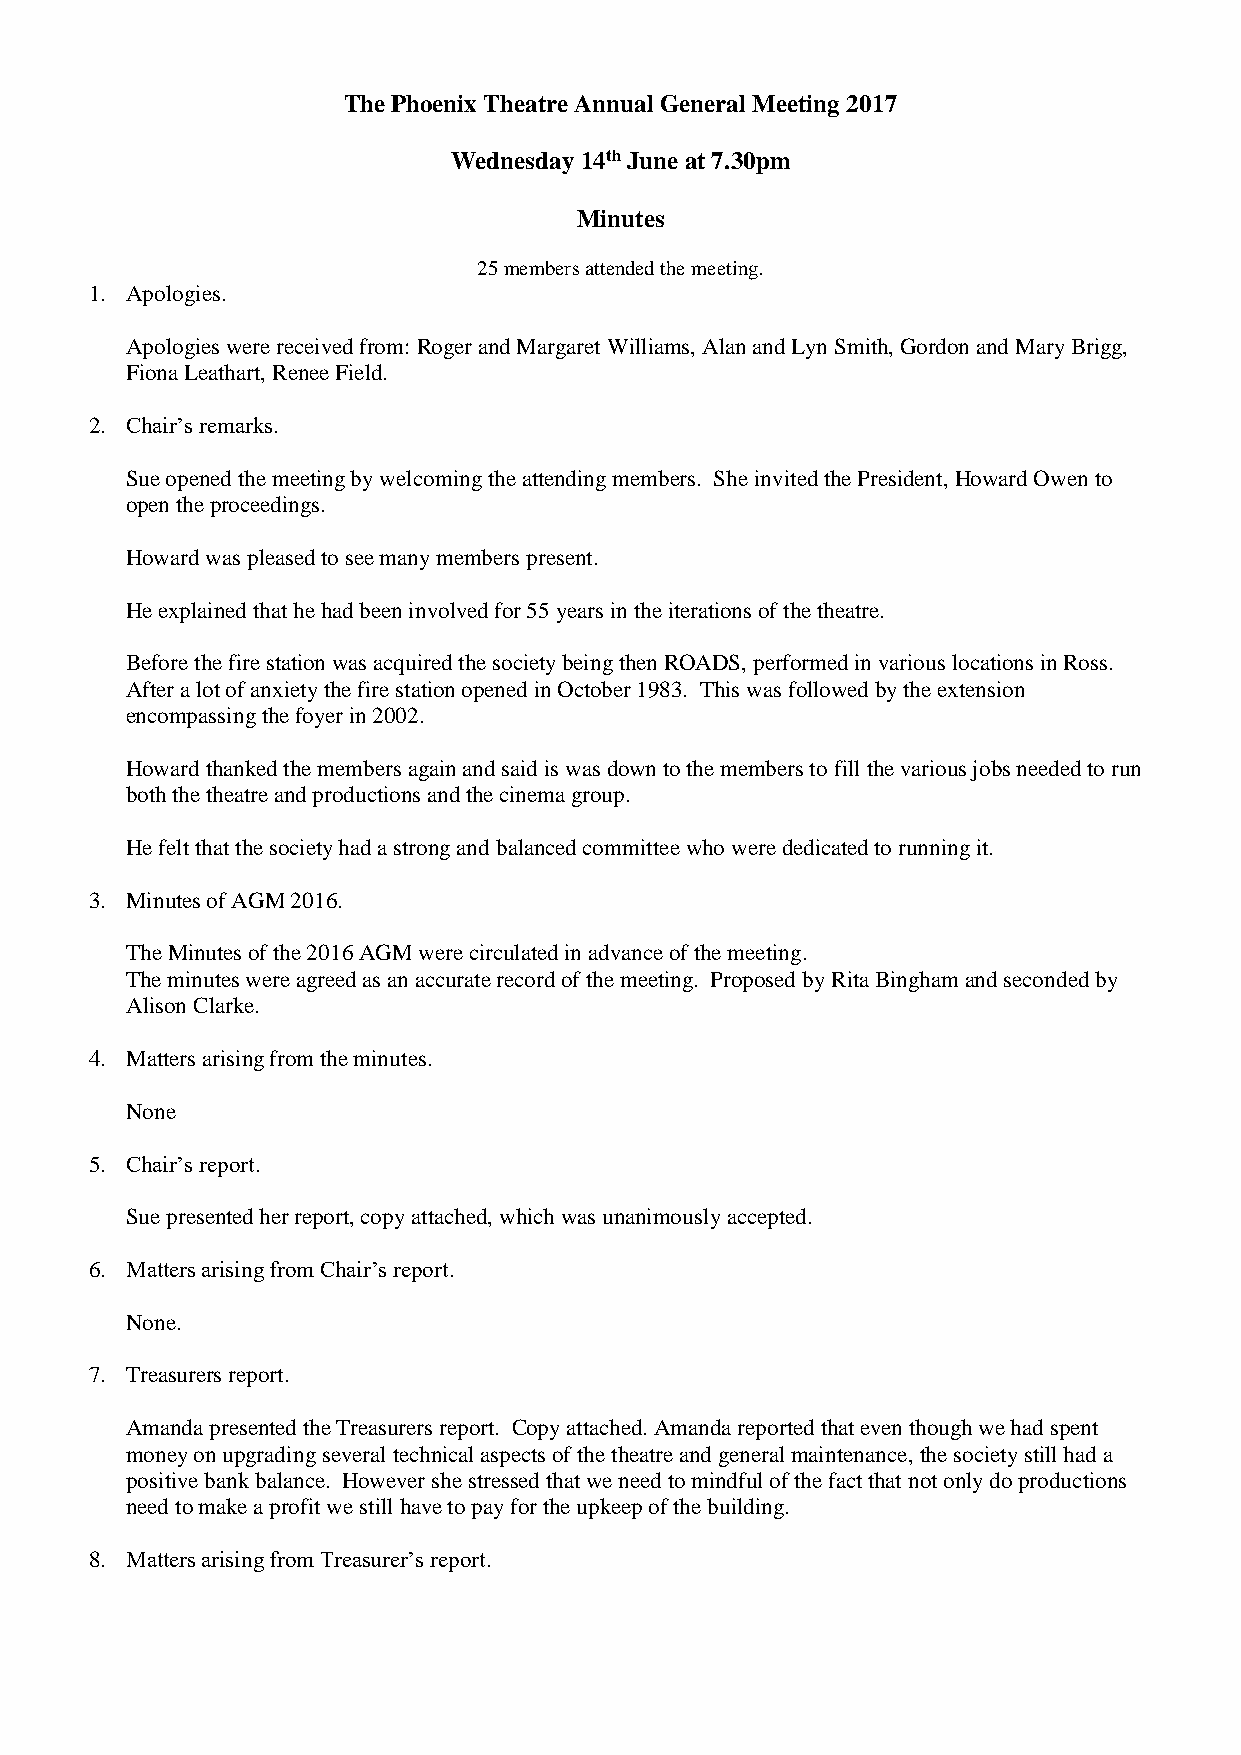
The Phoenix Theatre Annual General Meeting 2017
 Wednesday 14th June at 7.30pm
 Minutes
 25 members attended the meeting.
 1. Apologies.
 Apologies were received from: Roger and Margaret Williams, Alan and Lyn Smith, Gordon and Mary Brigg,
 Fiona Leathart, Renee Field.
 2. Chair’s remarks.
 Sue opened the meeting by welcoming the attending members. She invited the President, Howard Owen to
 open the proceedings.
 Howard was pleased to see many members present.
 He explained that he had been involved for 55 years in the iterations of the theatre.
 Before the fire station was acquired the society being then ROADS, performed in various locations in Ross.
 After a lot of anxiety the fire station opened in October 1983. This was followed by the extension
 encompassing the foyer in 2002.
 Howard thanked the members again and said is was down to the members to fill the various jobs needed to run
 both the theatre and productions and the cinema group.
 He felt that the society had a strong and balanced committee who were dedicated to running it.
 3. Minutes of AGM 2016.
 The Minutes of the 2016 AGM were circulated in advance of the meeting.
 The minutes were agreed as an accurate record of the meeting. Proposed by Rita Bingham and seconded by
 Alison Clarke.
 4. Matters arising from the minutes.
 None
 5. Chair’s report.
 Sue presented her report, copy attached, which was unanimously accepted.
 6. Matters arising from Chair’s report.
 None.
 7. Treasurers report.
 Amanda presented the Treasurers report. Copy attached. Amanda reported that even though we had spent
 money on upgrading several technical aspects of the theatre and general maintenance, the society still had a
 positive bank balance. However she stressed that we need to mindful of the fact that not only do productions
 need to make a profit we still have to pay for the upkeep of the building.
 8. Matters arising from Treasurer’s report.